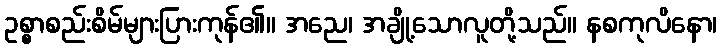
ဥစ္စာစည်းစိမ်များပြားကုန်၏။ အညေ၊ အချို့သောလူတို့သည်။ နစကုလိနော၊